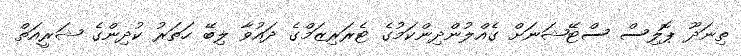
ތިނަދޫ ޕޮލިސް ސްޓޭޝަނަށް ގެއްލުންދިންކަމުގެ ޓެރަރިޒަމްގެ ދައުވާ ލިބޭ ހަތަރު ކުދިންގެ ޝަރީއަތް